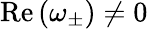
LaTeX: \mathrm{Re}\left(\omega_{\pm}\right)\neq 0